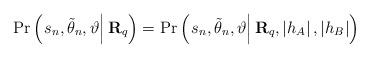
LaTeX: \begin{align*}\Pr\left( {\left. {{s_n},{{\tilde \theta }_n},\vartheta } \right|{{\bf{R}}_q}} \right)=\Pr\left( {\left. {{s_n},{{\tilde \theta }_n},\vartheta } \right|{{\bf{R}}_q},\left| {{h_A}} \right|{\rm{,}}\left| {{h_B}} \right|} \right) \end{align*}